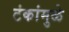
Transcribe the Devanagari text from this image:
टंकांमुळे